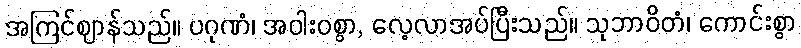
အကြင်ဈာန်သည်။ ပဂုဏံ၊ အဝါးဝစွာ, လေ့လာအပ်ပြီးသည်။ သုဘာဝိတံ၊ ကောင်းစွာ